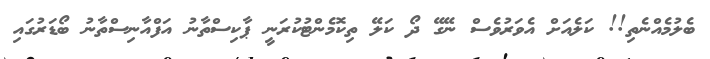
ބެލުމެއްނެތި!! ކަލެއަށް އެވަރުވެސް ނޭގޭ ދޯ ކަލޭ ތިކޮމެންޓުކުރަނީ ޕާކިސްތާނު އަފްއާނިސްތާނު ބޯޑަރުގައި